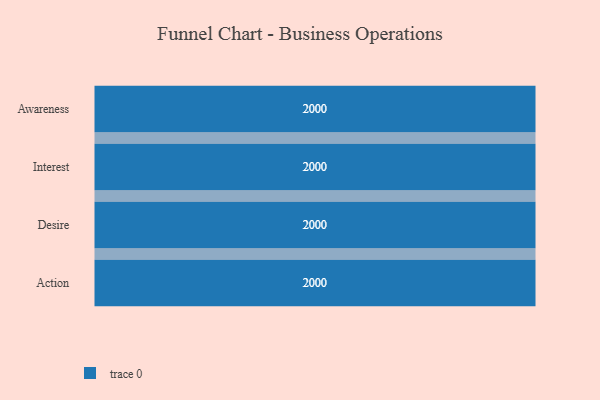
{"axis": {"x": "Stage", "y": "Value"}, "legend": [""], "data": [{"x": "Awareness", "y": 2000, "type": ""}, {"x": "Interest", "y": 2000, "type": ""}, {"x": "Desire", "y": 2000, "type": ""}, {"x": "Action", "y": 2000, "type": ""}]}